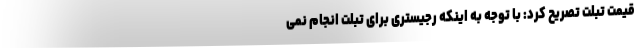
قیمت تبلت تصریح کرد: با توجه به اینکه رجیستری برای تبلت انجام نمی